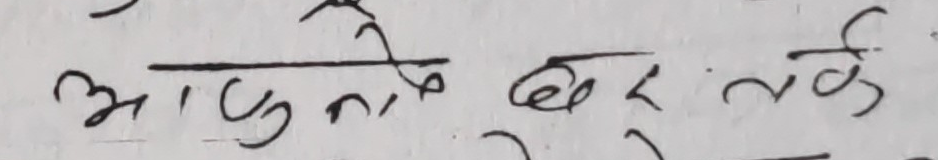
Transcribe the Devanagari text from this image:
आपुनीके घर तके